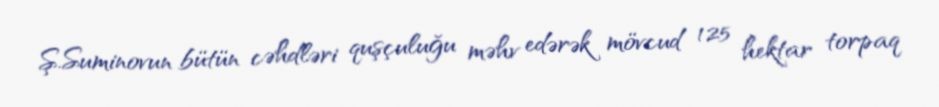
Ş.Suminovun bütün cəhdləri quşçuluğu məhv edərək mövcud 125 hektar torpaq